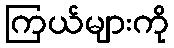
ကြယ်များကို